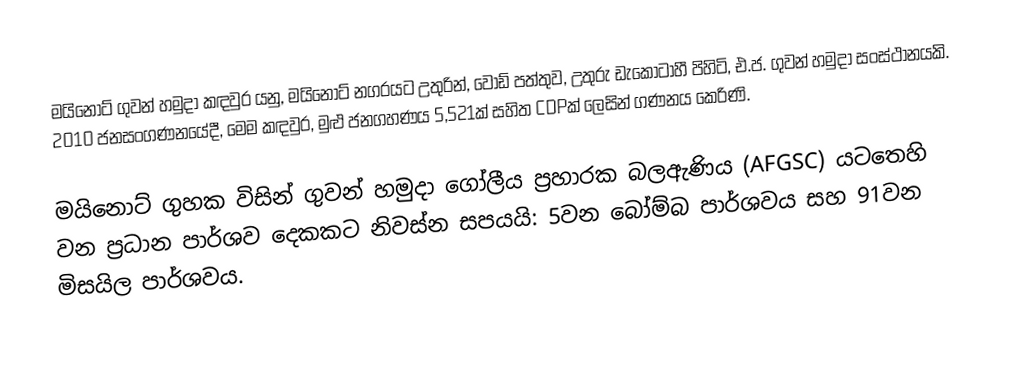
මයිනොට් ගුවන් හමුදා කඳවුර  යනු,  මයිනොට් නගරයට  උතුරින්,  වෝඩ් පත්තුව, උතුරු ඩැකෝටාහී පිහිටි,  එ.ජ. ගුවන් හමුදා සංස්ථානයකි.   2010 ජනසංගණනයේදී, මෙම කඳවුර, මුළු ජනගහණය 5,521ක් සහිත CDPක් ලෙසින් ගණනය කෙරිණි.

මයිනොට් ගුහක විසින් ගුවන් හමුදා ගෝලීය ප්‍රහාරක බලඇණිය (AFGSC) යටතෙහි වන ප්‍රධාන පාර්ශව දෙකකට නිවස්න සපයයි: 5වන බෝම්බ පාර්ශවය සහ 91වන මිසයිල පාර්ශවය.